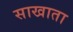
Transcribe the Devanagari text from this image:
साखाता